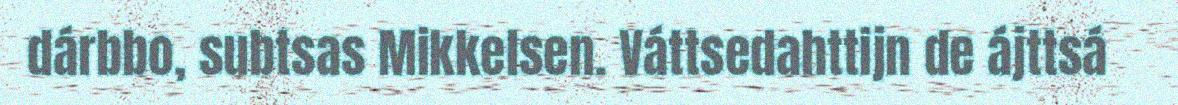
dárbbo, subtsas Mikkelsen. Váttsedahttijn de ájttsá